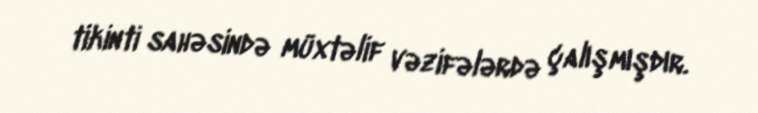
tikinti sahəsində müxtəlif vəzifələrdə çalışmışdır.